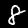
Label: 8